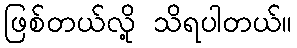
ဖြစ်တယ်လို့ သိရပါတယ်။